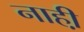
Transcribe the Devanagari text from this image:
नाही़